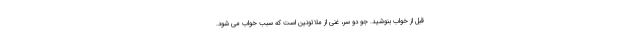
قبل از خواب بنوشید. جو دو سر، غنی از ملاتونین است که سبب خواب می شود.